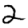
Digit: 2